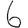
Digit: 6